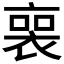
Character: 𧚾